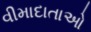
વીમાદાતાઓ